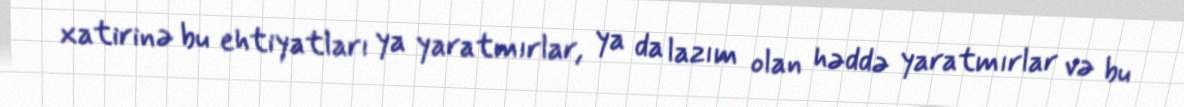
xatirinə bu ehtiyatları ya yaratmırlar, ya da lazım olan həddə yaratmırlar və bu